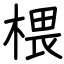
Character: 椳